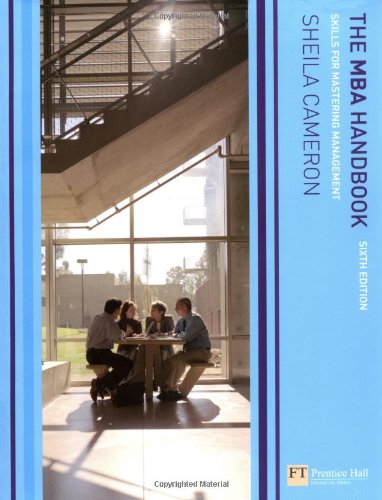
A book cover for The MBA Handbook: Skills for Mastering Management; Sheila Cameron; Education & Teaching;